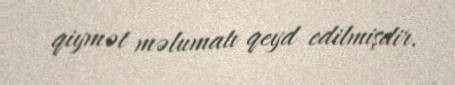
qiymət məlumatı qeyd edilmişdir.